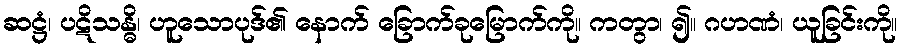
ဆဋ္ဌံ၊ ပဋိသန္ဓိ၊ ဟူသောပုဒ်၏ နောက် ခြောက်ခုမြောက်ကို။ ကတွာ၊ ၍။ ဂဟဏံ၊ ယူခြင်းကို။